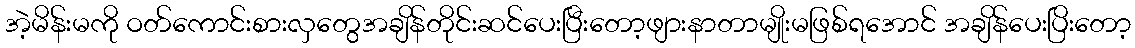
အဲ့မိန်းမကို ဝတ်ကောင်းစားလှတွေအချိန်တိုင်းဆင်ပေးပြီးတော့ဖျားနာတာမျိုးမဖြစ်ရအောင် အချိန်ပေးပြိးတော့